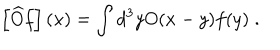
\left[ \widehat { O } f \right] ( x ) = \int d ^ { 3 } y O ( x - y ) f ( y ) \; .